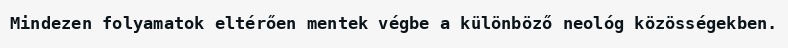
Mindezen folyamatok eltérően mentek végbe a különböző neológ közösségekben.